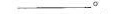
___。